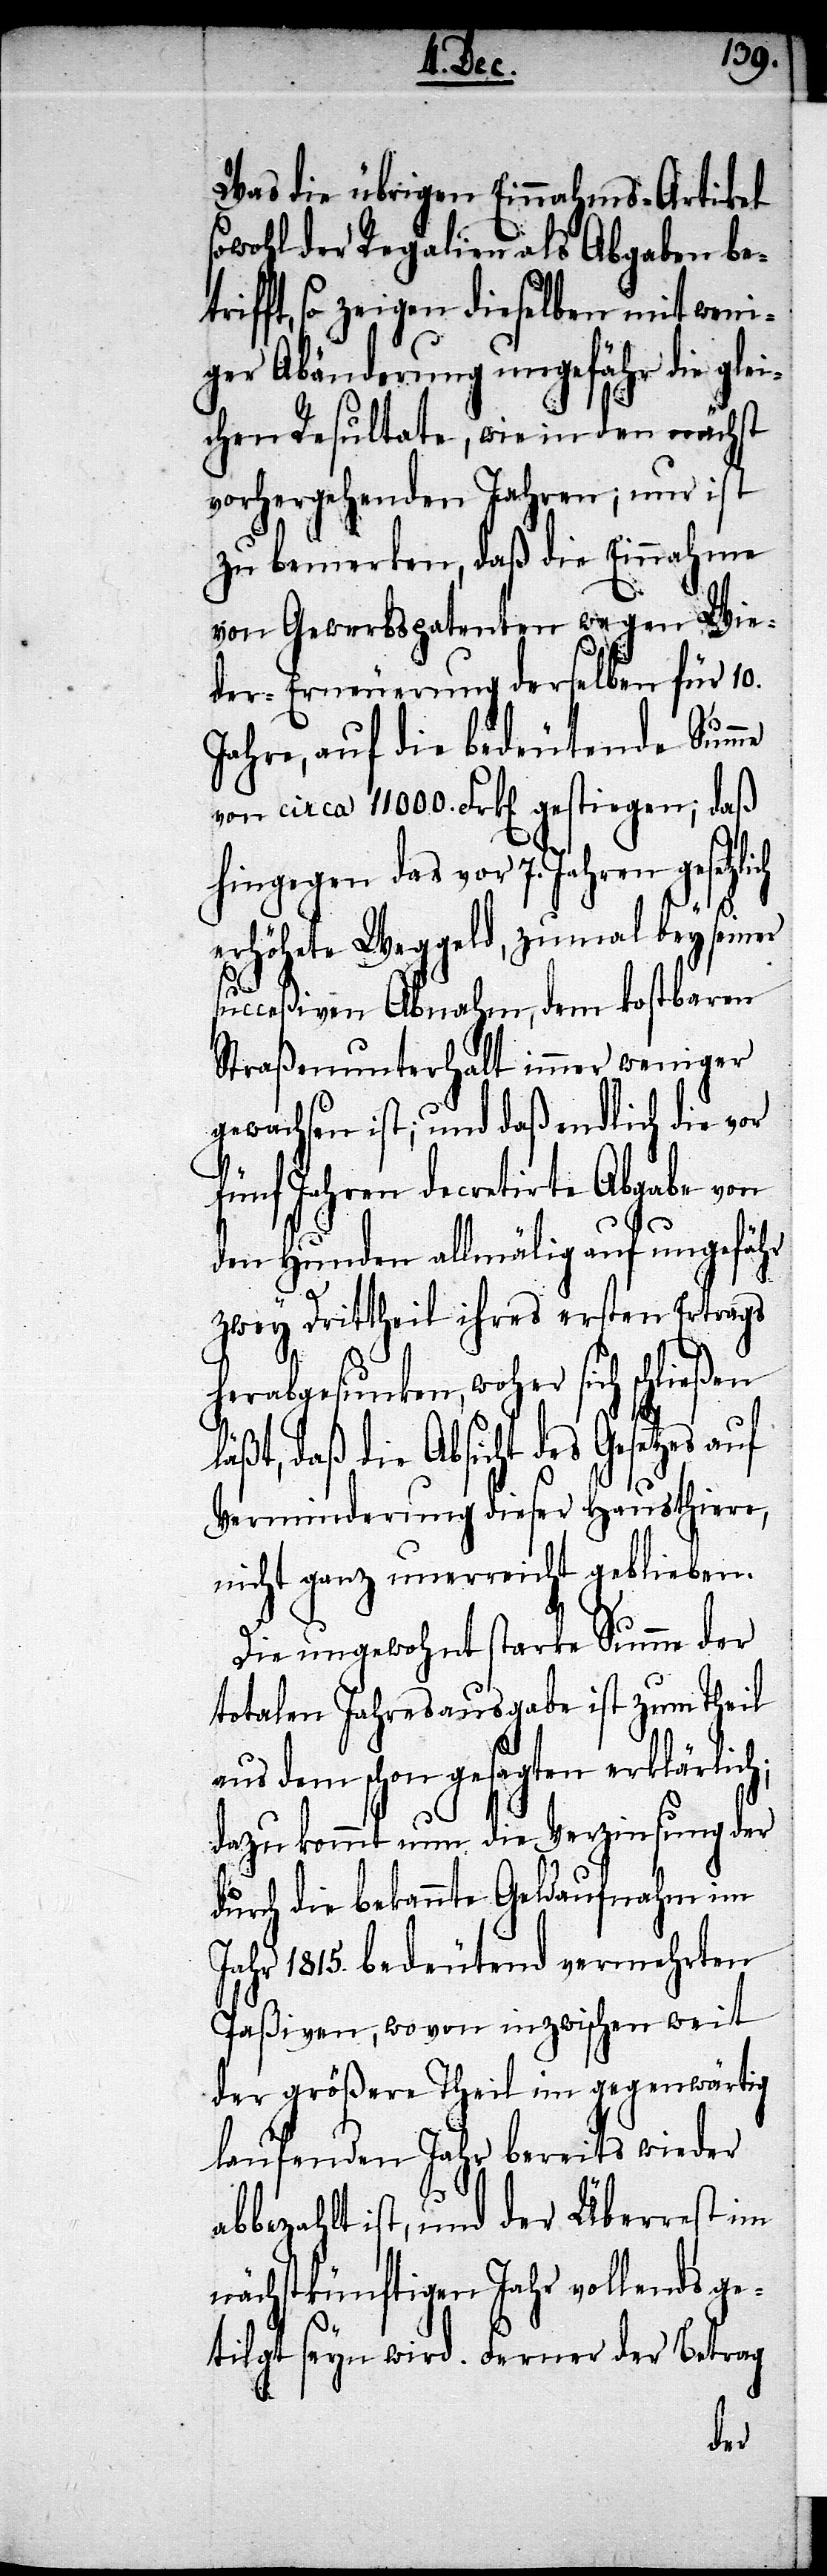
Was die übrigen Einnahms-A¬
h;
sowohl der Regalien als Abgaben bet¬
rifft, so zeigen dieselben mit weni¬
ger Abänderung ungefähr die gle¬
ichen Resultate, wie in den nächst
vorhergehenden Jahren; nur ist
zu bemerken, daß die Einnahme
von Gewerbspatenten wegen Wie¬
der-Erneuerung derselben für 10.
Jahre auf die bedeutende Summe
von circa 11000. Frk[en]. gestiegen; daß
hingegen das vor 7. Jahren gesetz¬
erhöhete Weggeld, zumal bey seiner
li¬
succeßiven Abnahm, dem kostbaren
Straßenunterhalt immer weniger
gewachsen ist; und daß endlich die vor
fünf Jahren decretirte Abgabe von
den Hunden allmälig auf ungefähr
zwey Drittheil ihres ersten Ertrags
herabgesunken, woher sich schließen
daß die Absicht des Gesetzes
Verminderung dieser Hausthiere,
nicht ganz unerreicht geblieben.
Die ungewohnt starke Summe der
totalen Jahresausgabe ist zum Theil
aus dem schon gesagten erklärlic¬
dazu kommt nun die Verzinsung der
durch die bekannte Geldaufnahm im
Jahr 1815. bedeutend vermehrten
Paßiven, wovon inzwischen weit
der größere Theil im gegenwärtig
laufenden Jahr bereits wieder
abbezahlt ist, und der Überrest im
nächstkünftigen Jahr vollends ge¬
tilgt seyn wird. Ferner der Betrag